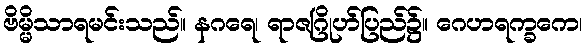
ဗိမ္မိသာရမင်းသည်။ နဂရေ၊ ရာဇဂြိုဟ်ပြည်၌။ ဂေဟရက္ခကေ၊